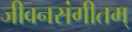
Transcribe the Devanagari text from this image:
जीवनसंगीतम्